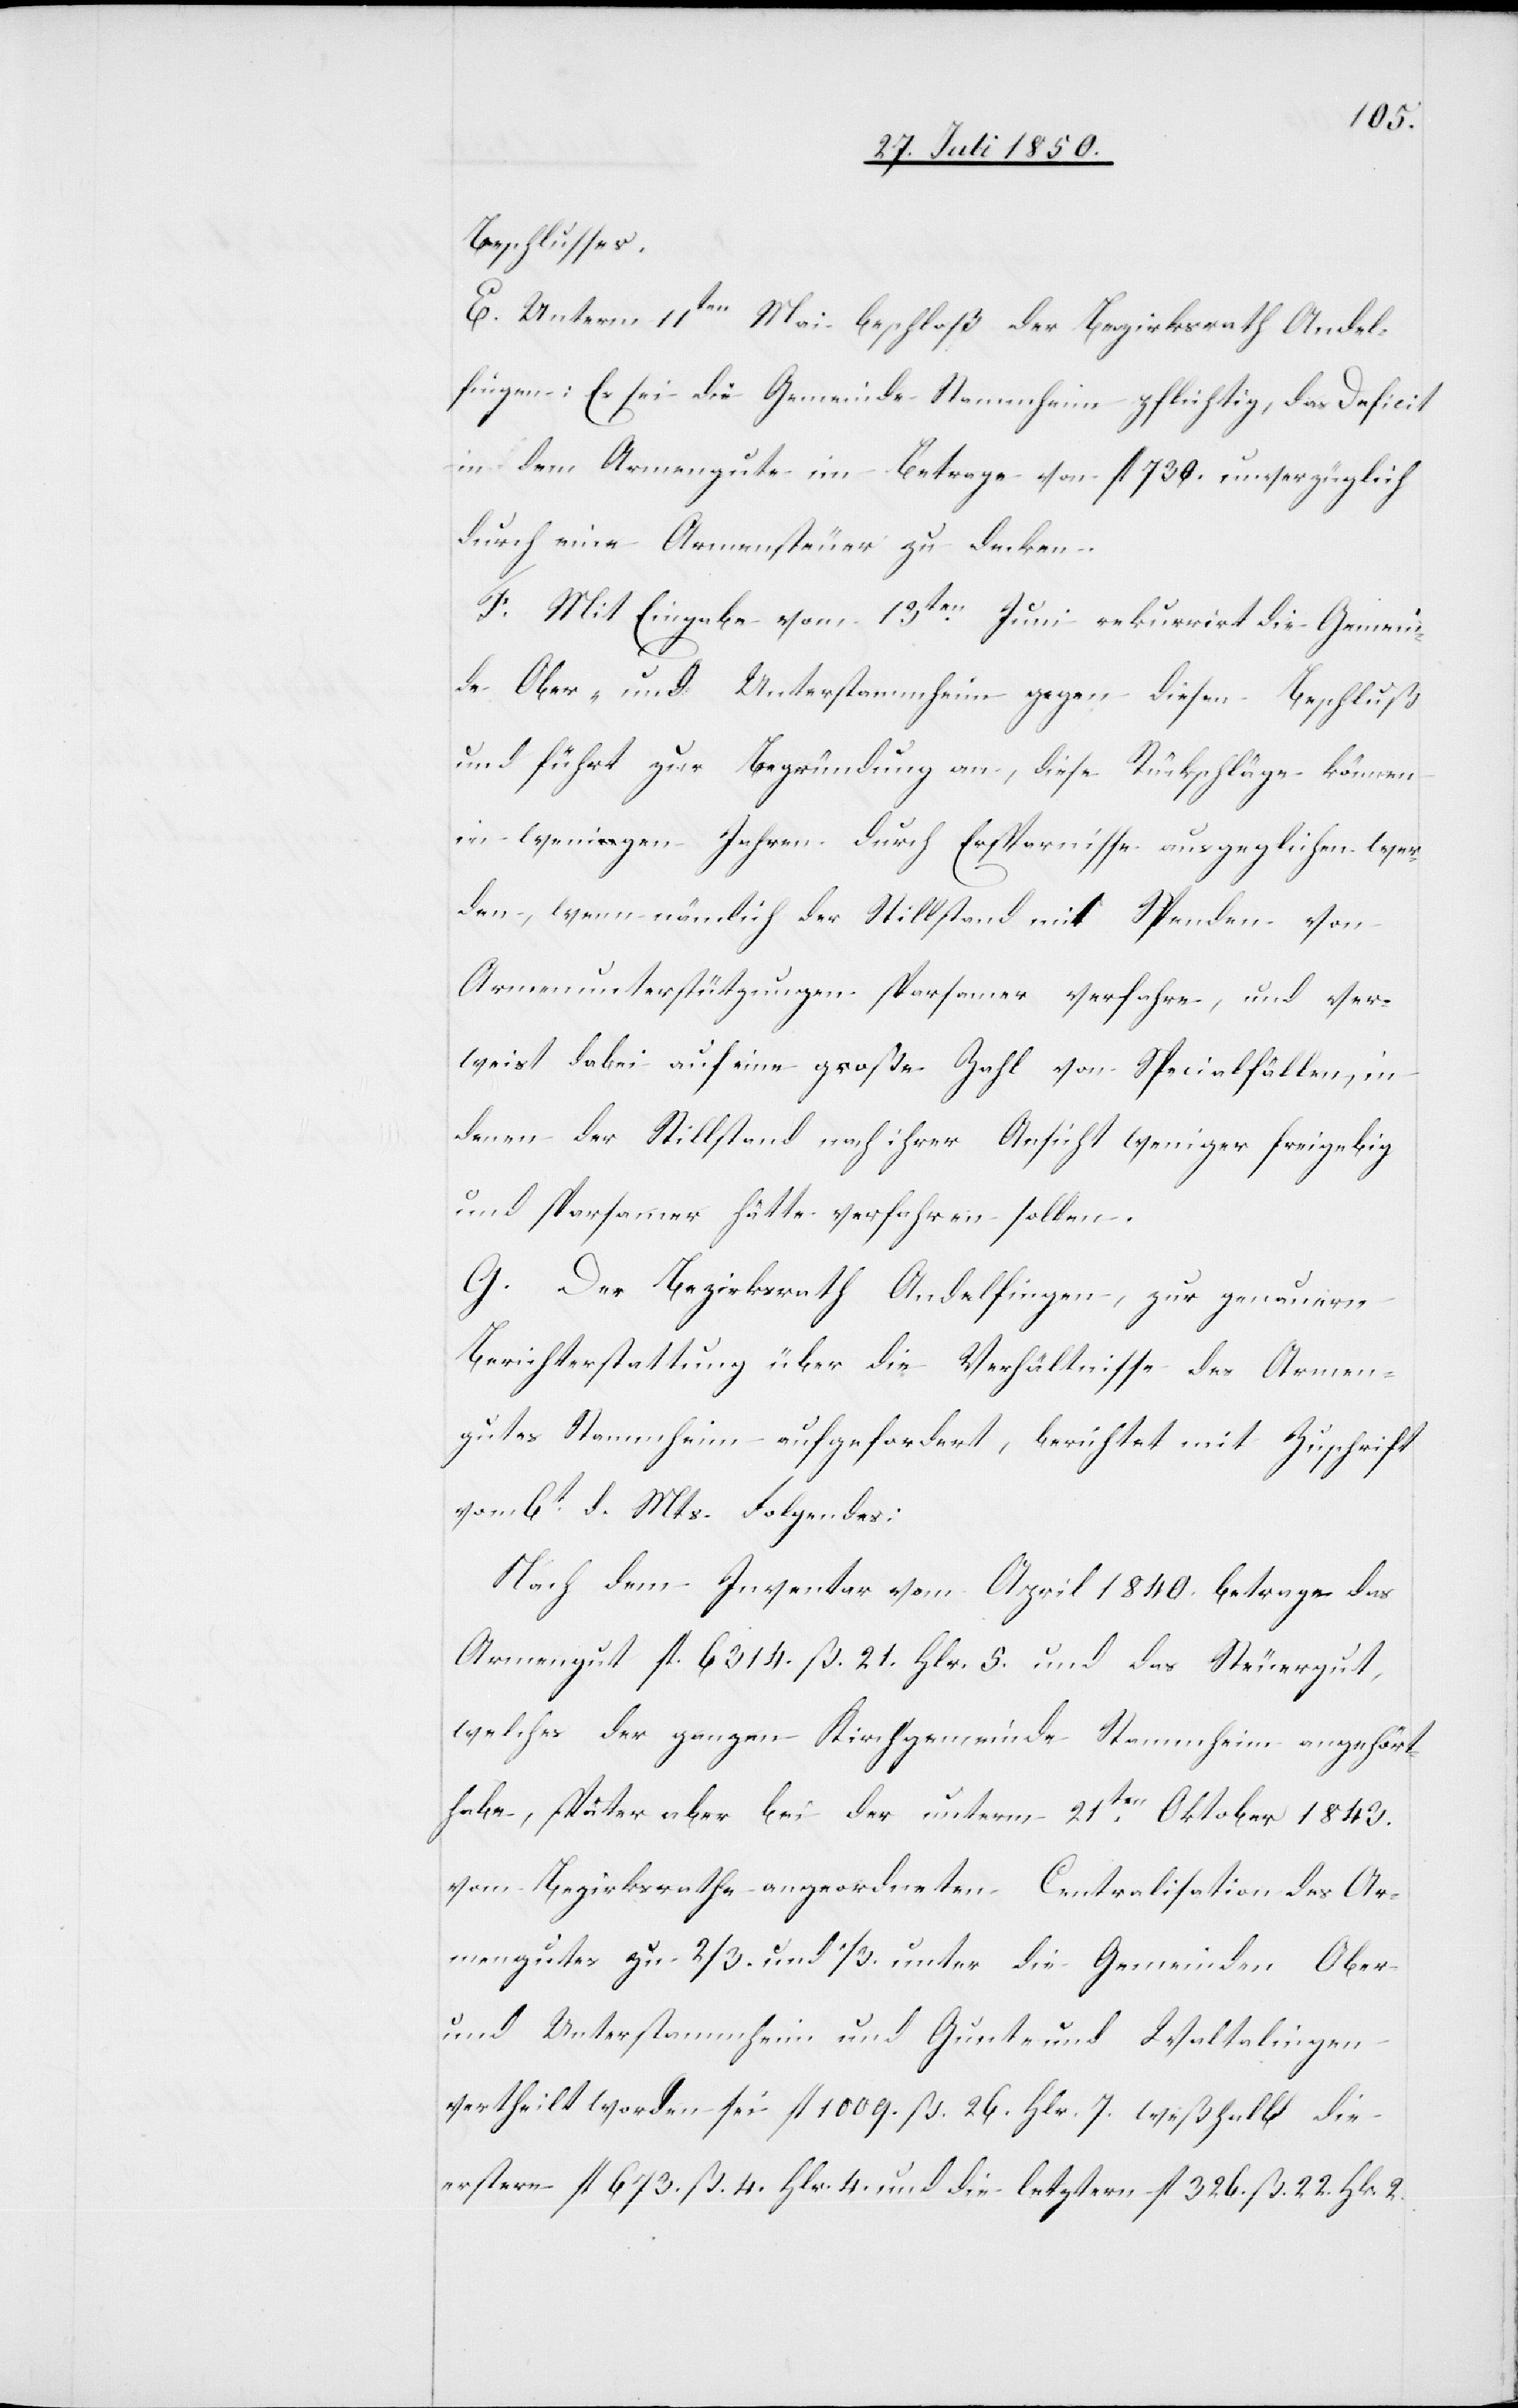
Beschlusses.
E. Unterm 11ten Mai beschloß der Bezirksrath Andel¬
fingen: Es sei die Gemeinde Stammheim pflichtig, das Deficit
in dem Armengute im Betrage von fl 730. unverzüglich
durch eine Armensteuer zu decken.
F. Mit Eingabe vom 13ten Juni rekurrirt die Gemein¬
de Ober- und Unterstammheim gegen diesen Beschluß
und führt zur Begründung an, diese Rückschläge können
in wenigen Jahren durch Ersparnisse ausgeglichen wer¬
den, wenn nämlich der Stillstand mit Spenden von
Amrenunterstützungen sparsamer verfahre, und ver¬
weist dabei auf eine große Zahl von Specialfällen, in
denen der Stillstand nach ihrer Ansicht weniger freigebig
und sparsamer hätte verfahren sollen.
G. Der Bezirksrath Andelfingen, zur genauern
Berichterstattung über die Verhältnisse des Armen¬
gutes Stammheim aufgefordert, berichtet mit Zuschrift
vom 6t d. Mts. Folgendes:
Nach dem Inventar vom April 1840. betrage das
Armengut fl. 6314. ß. 21. Hlr. 5. und das Steuergut,
welches der ganzen Kirchgemeinde Stammheim angehörte
habe, später aber bei der unterm 21ten Oktober 1843.
vom Bezirksrathe angeordneten Centralisation des Ar¬
mengutes zu 2/3. und 1/3. unter die Gemeinden Ober-
und Unterstammheim und Gunt- und Waltalingen
vertheilt worden sei fl 1009. ß. 26. Hlr. 7. weßhalb die
erstern fl 673. ß. 4. Hlr. 4. und die letztern fl 326. ß. 22. Hlr. 2